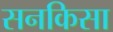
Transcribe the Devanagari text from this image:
सनकिसा